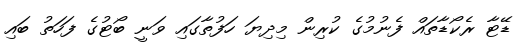
ޑޭޓާ ރެކޯޑާތައް ފެނުމުގެ ކުރިން މިދިިޔަ ހަފުތާގައި ވަނީ ބޯޓުގެ ފަހަތު ބައި